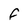
Character: f